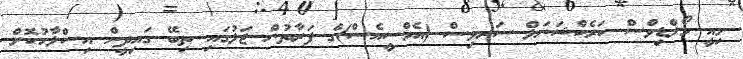
މިއީ މޯލްޑިވްސް ކަރެކްޝަނަލް ސަރވިސް (އެމްސީއެސް)ގެ ފަރާތުން ޖަލުގައި ތިބޭ ގައިދީން އިސްލާހުކޮށް